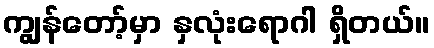
ကျွန်တော့်မှာ နှလုံးရောဂါ ရှိတယ်။